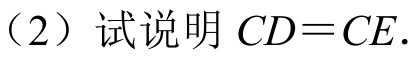
（2）试说明\(CD = CE\).